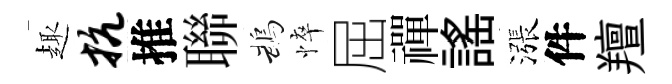
趣抗推聯鵡悴屈禪謡漲件羶